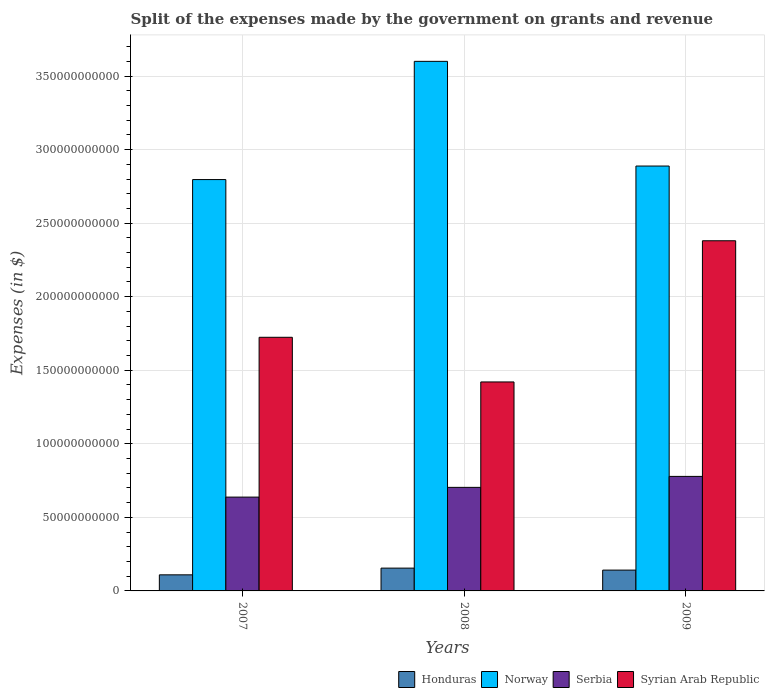
| Years | Honduras | Norway | Serbia | Syrian Arab Republic |
 | --- | --- | --- | --- | --- |
 | 2007 | 1.09e+10 | 2.8e+11 | 6.38e+10 | 1.72e+11 |
 | 2008 | 1.55e+10 | 3.6e+11 | 7.04e+10 | 1.42e+11 |
 | 2009 | 1.41e+10 | 2.89e+11 | 7.79e+10 | 2.38e+11 |